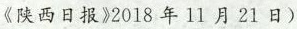
《陕西日报》2018年11月21日)